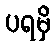
ပရမှိ